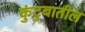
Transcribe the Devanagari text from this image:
कुंटुबातील